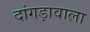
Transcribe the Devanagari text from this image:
दांगड़ावाला